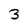
Character: 3